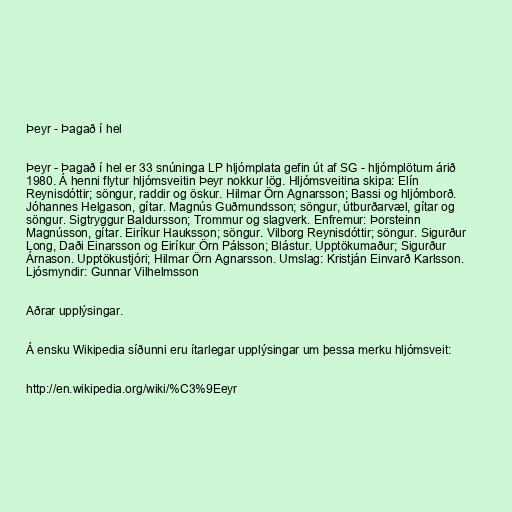
Þeyr - Þagað í hel

Þeyr - Þagað í hel er 33 snúninga LP hljómplata gefin út af SG - hljómplötum árið
1980. Á henni flytur hljómsveitin Þeyr nokkur lög. Hljómsveitina skipa: Elín
Reynisdóttir; söngur, raddir og öskur. Hilmar Örn Agnarsson; Bassi og hljómborð.
Jóhannes Helgason, gítar. Magnús Guðmundsson; söngur, útburðarvæl, gítar og
söngur. Sigtryggur Baldursson; Trommur og slagverk. Enfremur: Þorsteinn
Magnússon, gítar. Eiríkur Hauksson; söngur. Vilborg Reynisdóttir; söngur. Sigurður
Long, Daði Einarsson og Eiríkur Örn Pálsson; Blástur. Upptökumaður; Sigurður
Árnason. Upptökustjóri; Hilmar Örn Agnarsson. Umslag: Kristján Einvarð Karlsson.
Ljósmyndir: Gunnar Vilhelmsson

Aðrar upplýsingar.

Á ensku Wikipedia síðunni eru ítarlegar upplýsingar um þessa merku hljómsveit:

http://en.wikipedia.org/wiki/%C3%9Eeyr